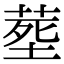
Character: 塟